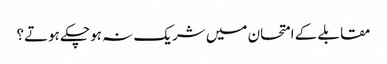
مقابلے کے امتحان میں شریک نہ ہوچکے ہوتے؟